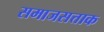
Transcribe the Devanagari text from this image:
समाजसत्ताक